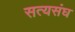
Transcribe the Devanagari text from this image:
सत्यसंघ